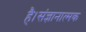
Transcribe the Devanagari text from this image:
है।संज्ञानात्मक